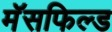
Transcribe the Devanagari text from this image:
मॅसफिल्ड